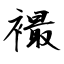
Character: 襊